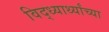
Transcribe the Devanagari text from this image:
विद्ध्यार्थ्यांच्या